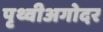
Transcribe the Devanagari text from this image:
पृथ्वीअगोदर